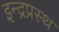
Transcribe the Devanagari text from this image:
इन्‍द्रप्रस्‍थ